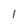
Character: 1